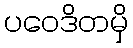
ပဝေဒိတမှိ